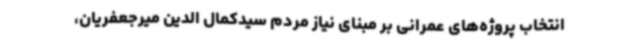
انتخاب پروژه‌های عمرانی بر مبنای نیاز مردم سیدکمال الدین میرجعفریان،